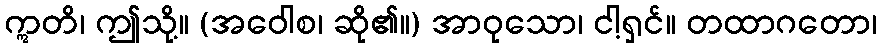
ဣတိ၊ ဤသို့။ (အဝေါစ၊ ဆို၏။) အာဝုသော၊ ငါ့ရှင်။ တထာဂတော၊